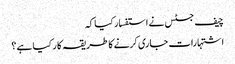
چیف جسٹس نے استفسار کیا کہ
اشتہارات جاری کرنے کا طریقہ کا ر کیا ہے ؟